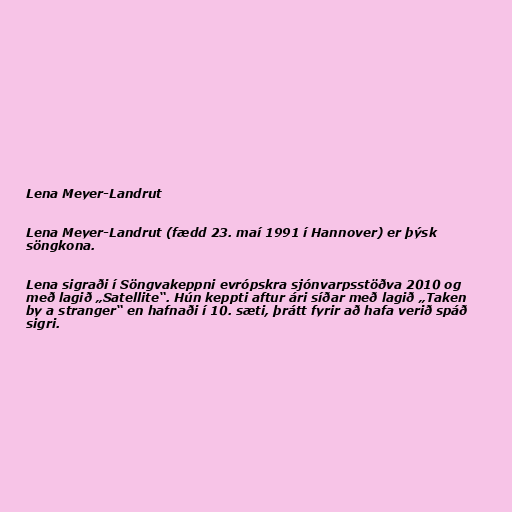
Lena Meyer-Landrut

Lena Meyer-Landrut (fædd 23. maí 1991 í Hannover) er þýsk
söngkona.

Lena sigraði í Söngvakeppni evrópskra sjónvarpsstöðva 2010 og
með lagið „Satellite“. Hún keppti aftur ári síðar með lagið „Taken
by a stranger“ en hafnaði í 10. sæti, þrátt fyrir að hafa verið spáð
sigri.